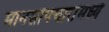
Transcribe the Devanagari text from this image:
मानसोपचारांमध्ये